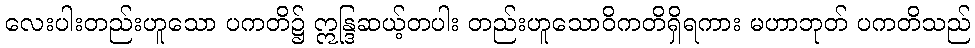
လေးပါးတည်းဟူသော ပကတိ၌ ဣန္ဒြဆယ့်တပါး တည်းဟူသောဝိကတိရှိရကား မဟာဘုတ် ပကတိသည်